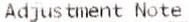
ADJUSTMENT NOTE